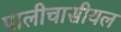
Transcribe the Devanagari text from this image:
पालीचासीयल